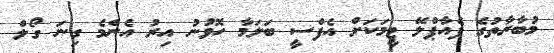
މުބާރާތުގެ ފެއާޕްލޭ ޓީމަކަށް އެފްސީ ބަލަމާ ހޮވުނު އިރު އެންމެ ގިނަ ގޯލް